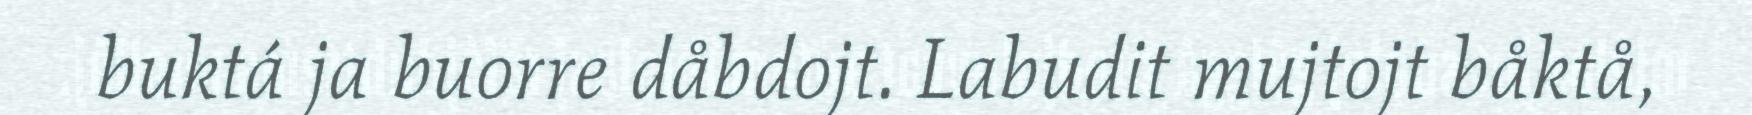
buktá ja buorre dåbdojt. Labudit mujtojt båktå,